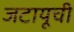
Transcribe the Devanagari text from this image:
जटायूची